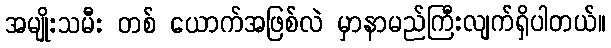
အမျိုးသမီး တစ် ယောက်အဖြစ်လဲ မှာနာမည်ကြီးလျက်ရှိပါတယ်။